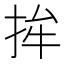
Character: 𱟵